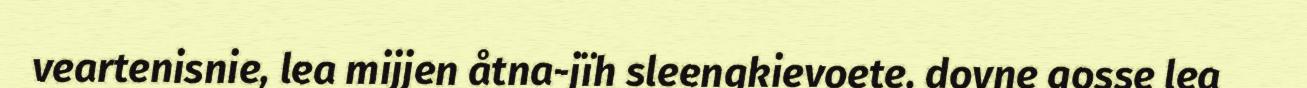
veartenisnie, lea mijjen åtna-jïh sleengkievoete, dovne gosse lea